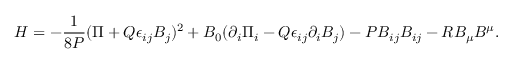
{ \cal H } = - { \frac { 1 } { 8 P } } ( \Pi + Q \epsilon _ { i j } B _ { j } ) ^ { 2 } + B _ { 0 } ( \partial _ { i } \Pi _ { i } - Q \epsilon _ { i j } \partial _ { i } B _ { j } ) - P B _ { i j } B _ { i j } - R B _ { \mu } B ^ { \mu } .